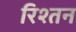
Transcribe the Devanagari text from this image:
रिश्तन